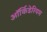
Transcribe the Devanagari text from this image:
ऑर्किडेरियम